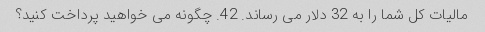
مالیات کل شما را به 32 دلار می رساند. 42. چگونه می خواهید پرداخت کنید؟